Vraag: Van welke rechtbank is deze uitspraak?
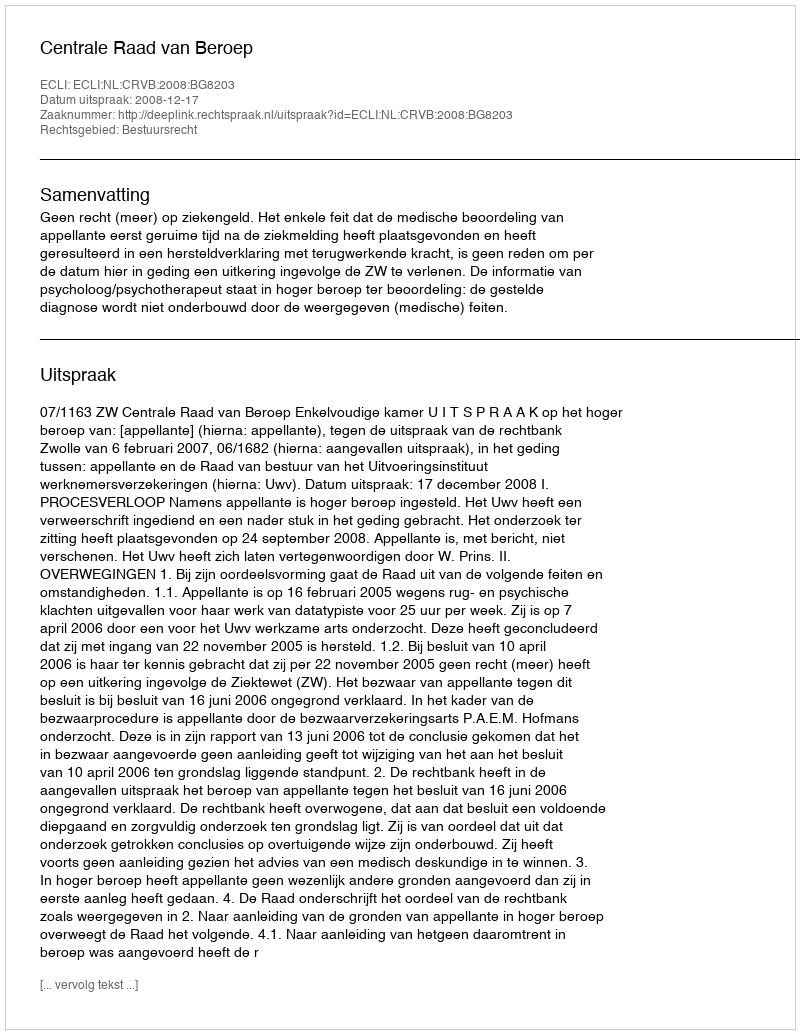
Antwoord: Centrale Raad van Beroep